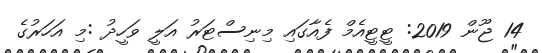
14 ޖޫން 2019: ޓީޓީއެމް ފެއާގައި މިނިސްޓަރު އަލީ ވަހީދު :މި އަހަރުގެ